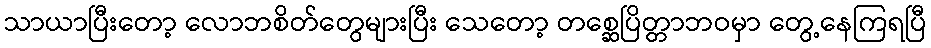
သာယာပြီးတော့ လောဘစိတ်တွေများပြီး သေတော့ တစ္ဆေပြိတ္တာဘဝမှာ တွေ့နေကြရပြီ